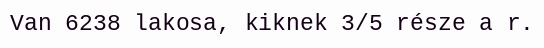
Van 6238 lakosa, kiknek 3/5 része a r.